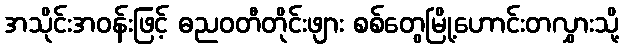
အသိုင်းအဝန်းဖြင့် ဓညဝတီတိုင်းဖျား စစ်တွေမြို့ဟောင်းတလွှားသို့